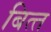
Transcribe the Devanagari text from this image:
बित्‍त